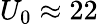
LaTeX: U_{0}\approx 22